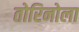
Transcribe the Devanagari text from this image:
तोरिनोला